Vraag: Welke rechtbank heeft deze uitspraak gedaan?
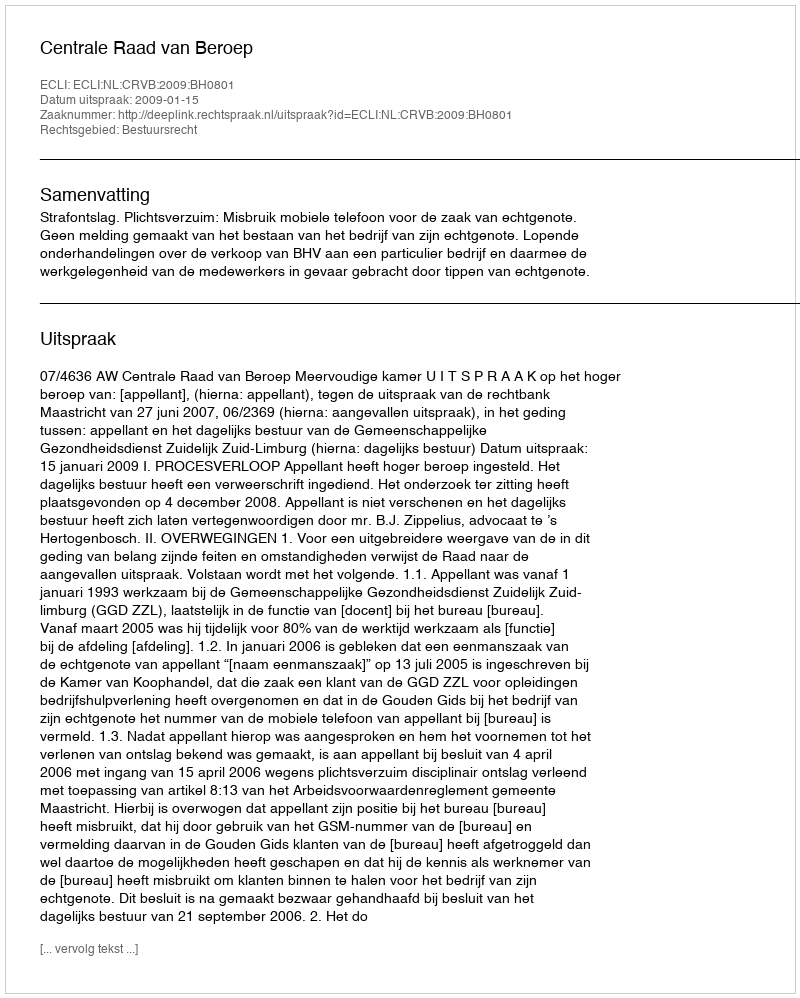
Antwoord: Centrale Raad van Beroep